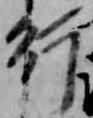
行